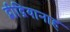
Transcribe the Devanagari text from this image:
द्बीद्रियानाह